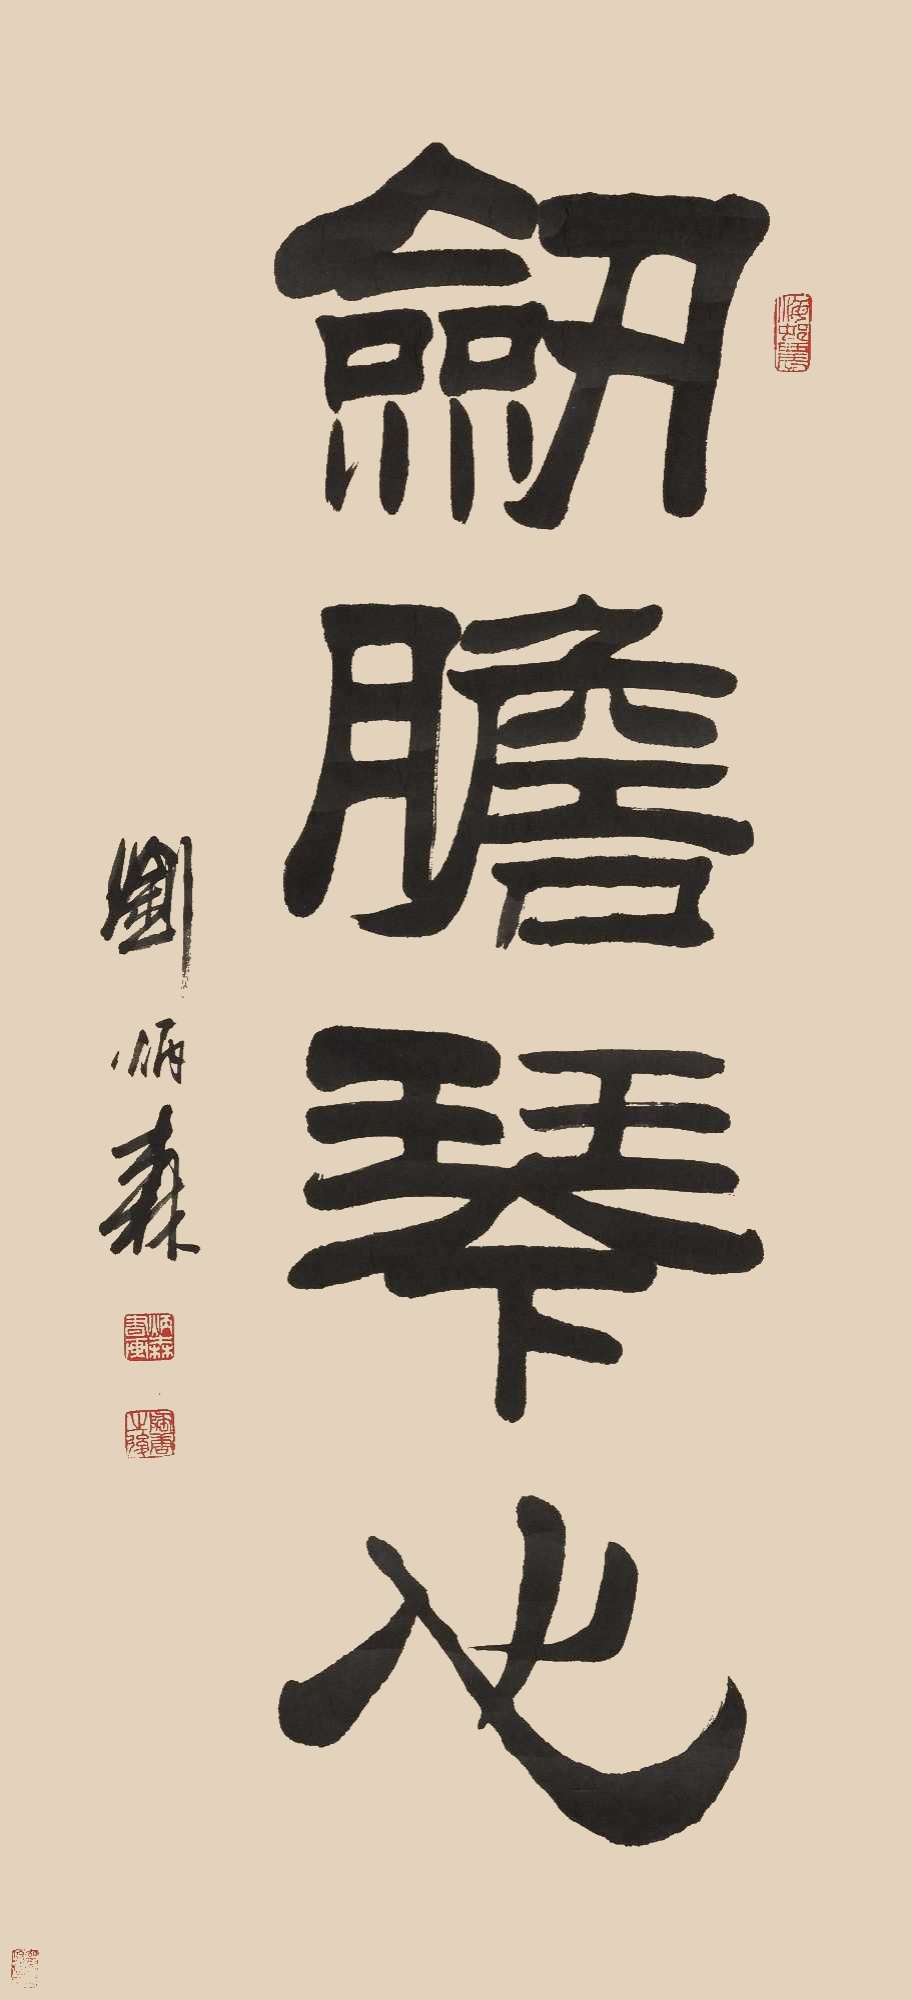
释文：剑胆琴心刘炳森。